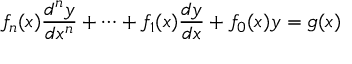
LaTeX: f _ { n } ( x ) { \frac { d ^ { n } y } { d x ^ { n } } } + \cdots + f _ { 1 } ( x ) { \frac { d y } { d x } } + f _ { 0 } ( x ) y = g ( x )